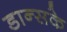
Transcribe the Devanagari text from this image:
डान्सके